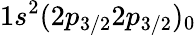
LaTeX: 1s^{2}(2p_{3/2}2p_{3/2})_{0}